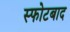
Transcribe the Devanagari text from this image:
स्फोटबाद